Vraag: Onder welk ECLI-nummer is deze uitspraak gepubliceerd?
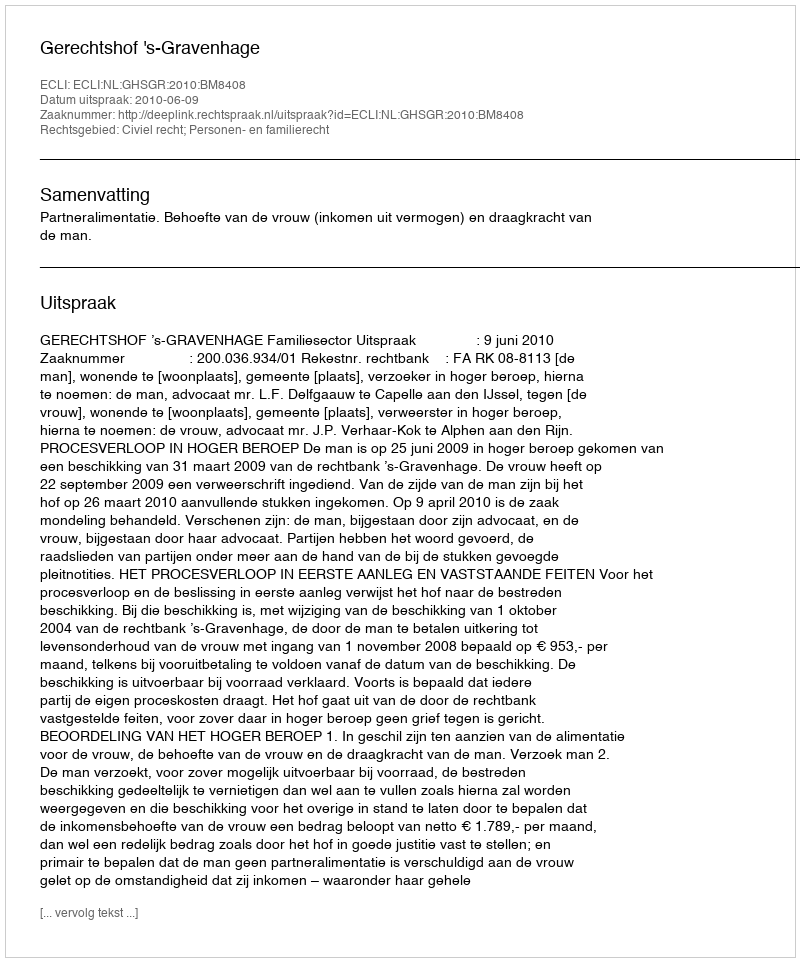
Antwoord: ECLI:NL:GHSGR:2010:BM8408